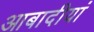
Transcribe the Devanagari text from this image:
आबादीयां